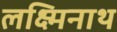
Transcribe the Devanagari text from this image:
लक्ष्मिनाथ